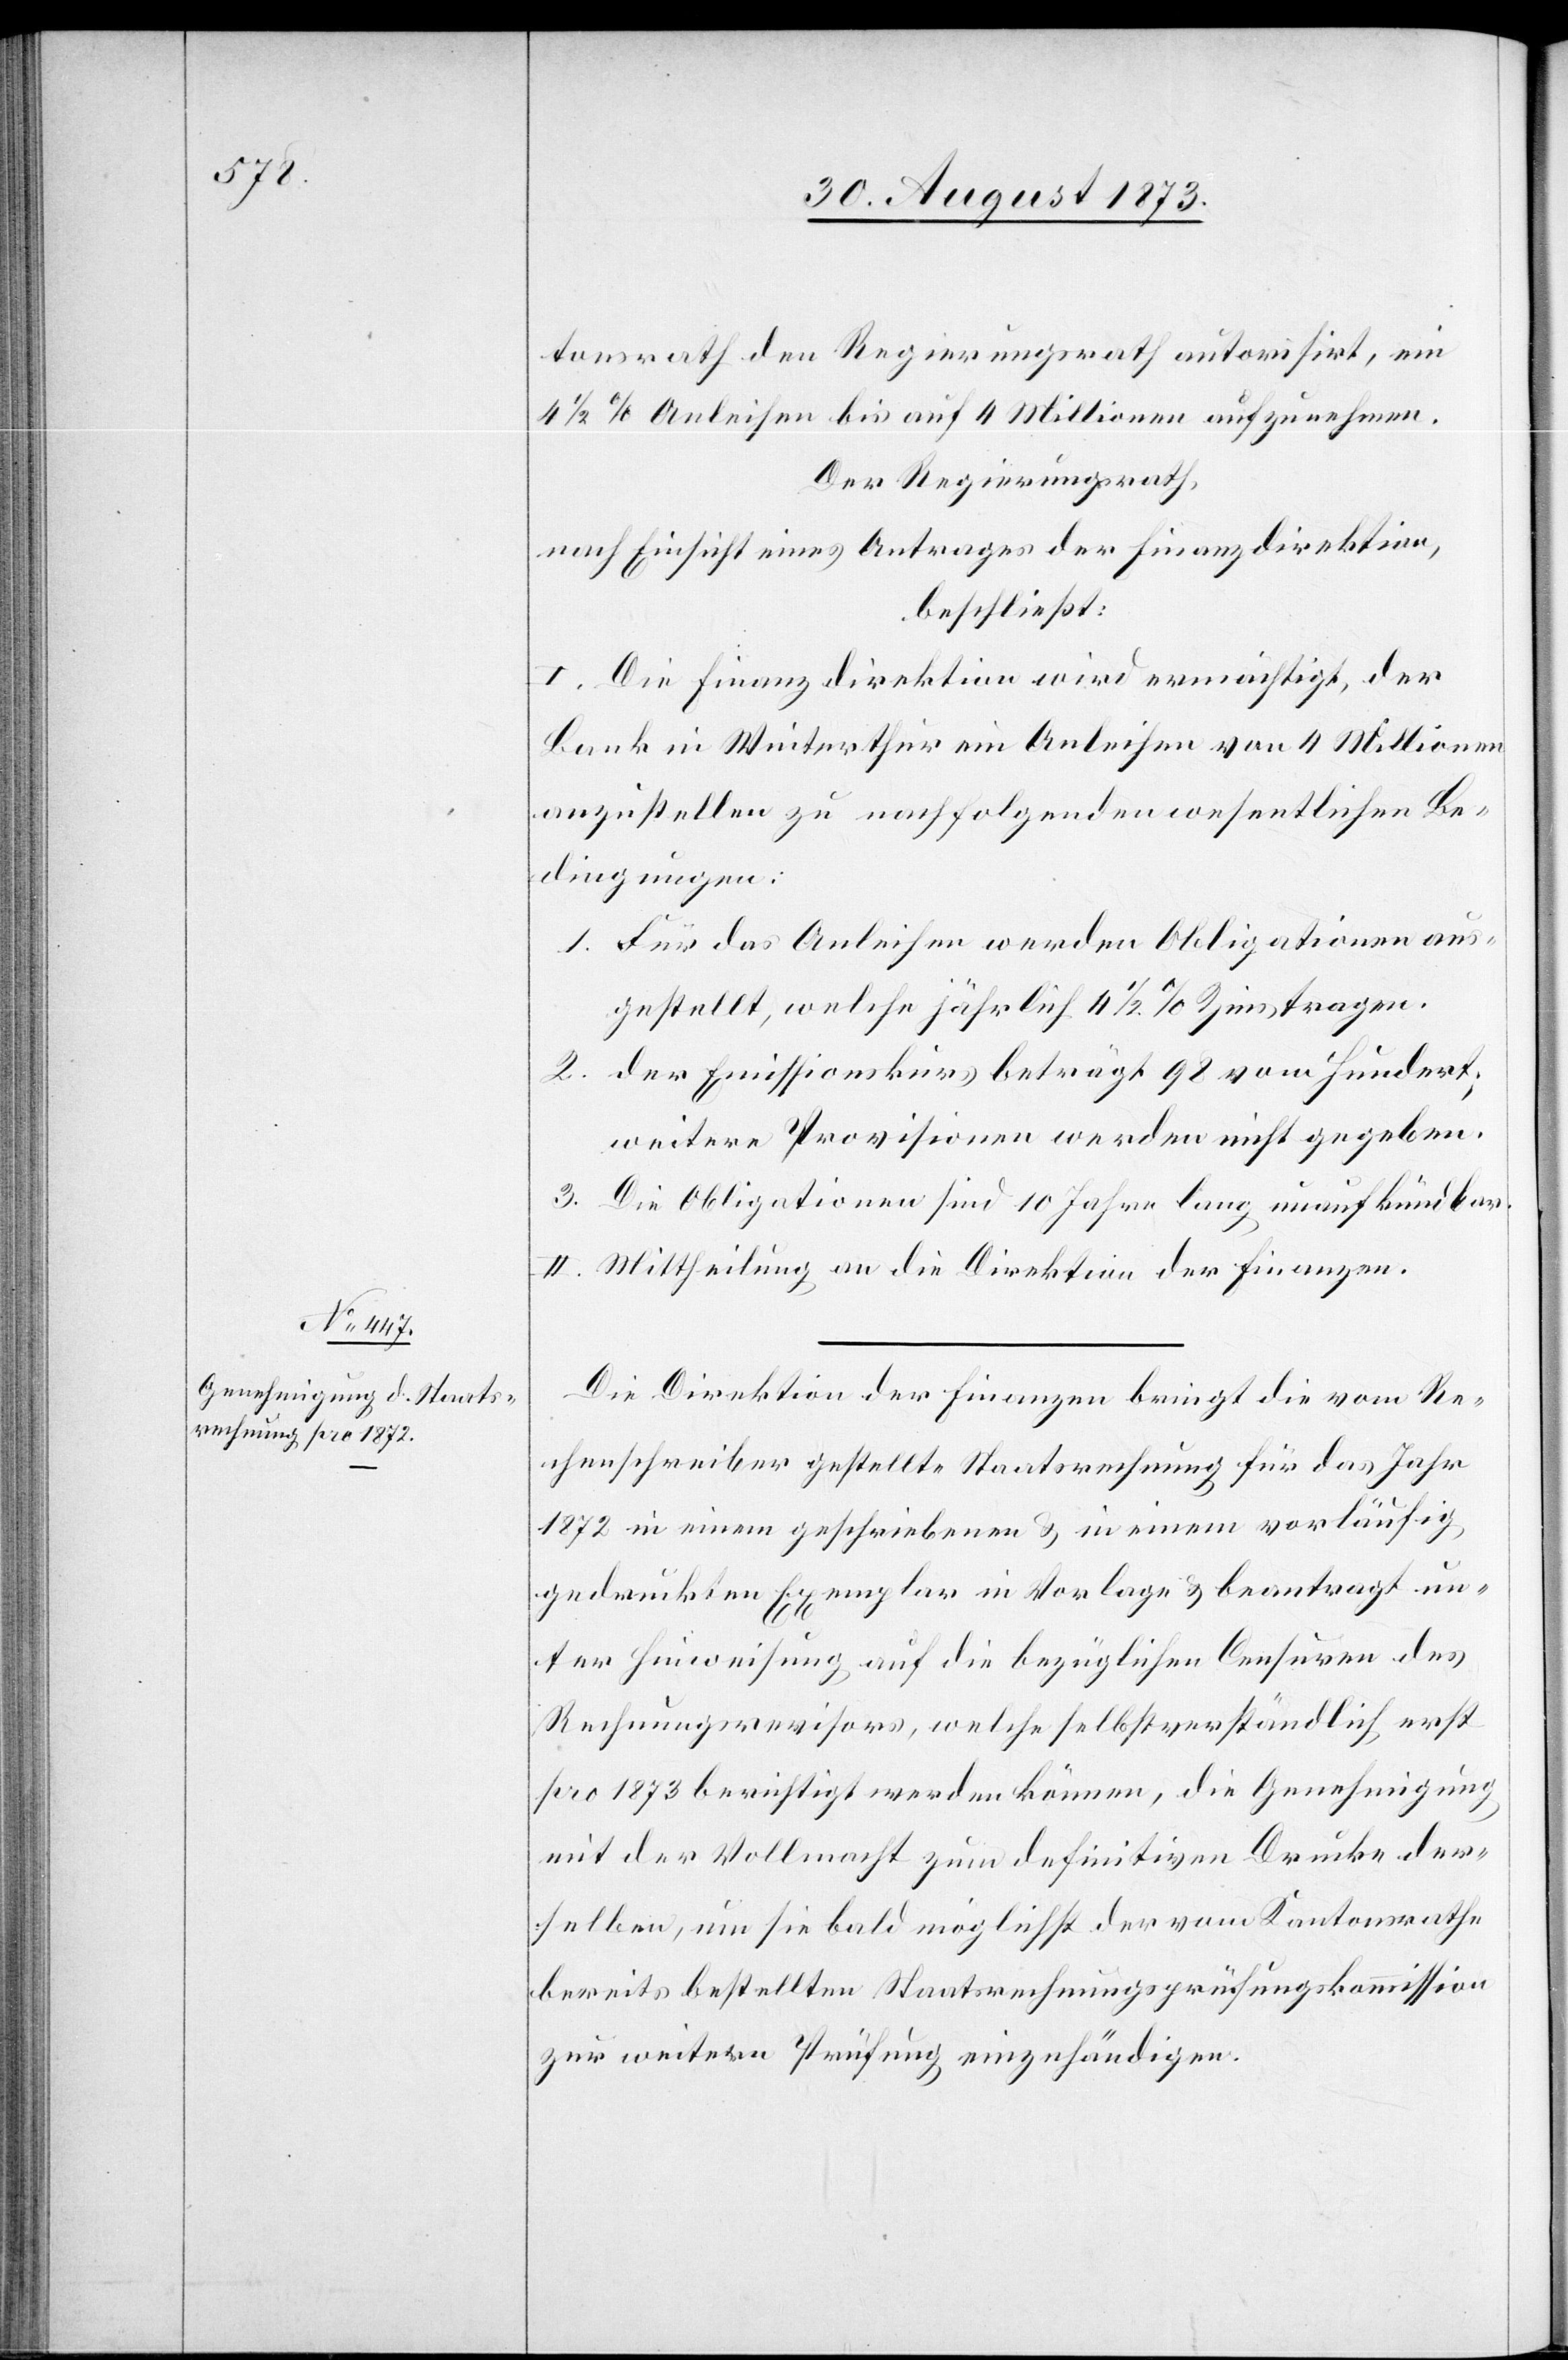
tonsrath den Regierungsrath autorisirt, ein
4 1/2% Anleihen bis auf 4 Millionen aufzunehmen.
Der Regierungsrath,
nach Einsicht eines Antrages der Finanzdirektion,
beschließt:
I. Die Finanzdirektion wird ermächtigt, der
Bank in Winterthur ein Anleihen von 4 Millionen
anzustellen zu nachfolgenden wesentlichen Be¬
dingungen:
1. Für das Anleihen werden Obligationen aus¬
gestellt, welche jährlich 4 1/2% Zins tragen.
2. der Emissionskurs beträgt 98 vom Hundert;
weitere Provisionen werden nicht gegeben.
3. Die Obligationen sind 10 Jahre lang unaufkündbar.
II. Mittheilung an die Direktion der Finanzen.
Die Direktion der Finanzen bringt die vom Re¬
chenschreiber gestellte Staatsrechnung für das Jahr
1872 in einem geschriebenen & in einem vorläufig
gedruckten Exemplar in Vorlage & beantragt un¬
ter Hinweisung auf die bezüglichen Censuren des
Rechnungsrevisors, welche selbstverständlich erst
pro 1873 berichtigt werden können, die Genehmigung
mit der Vollmacht zum definitiven Drucke der¬
selben, um sie bald möglichst der vom Kantonsrathe
bereits bestellten Staatsrechnungsprüfungskommission
zur weitern Prüfung einzuhändigen.